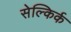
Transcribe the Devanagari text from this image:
सेल्किर्क